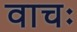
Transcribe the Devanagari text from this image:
वाचः